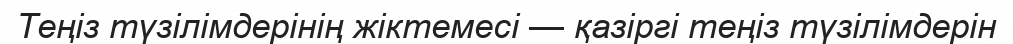
Теңіз түзілімдерінің жіктемесі — қазіргі теңіз түзілімдерін